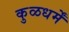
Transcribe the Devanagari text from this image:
कुळधर्में